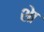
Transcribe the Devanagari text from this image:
शेा